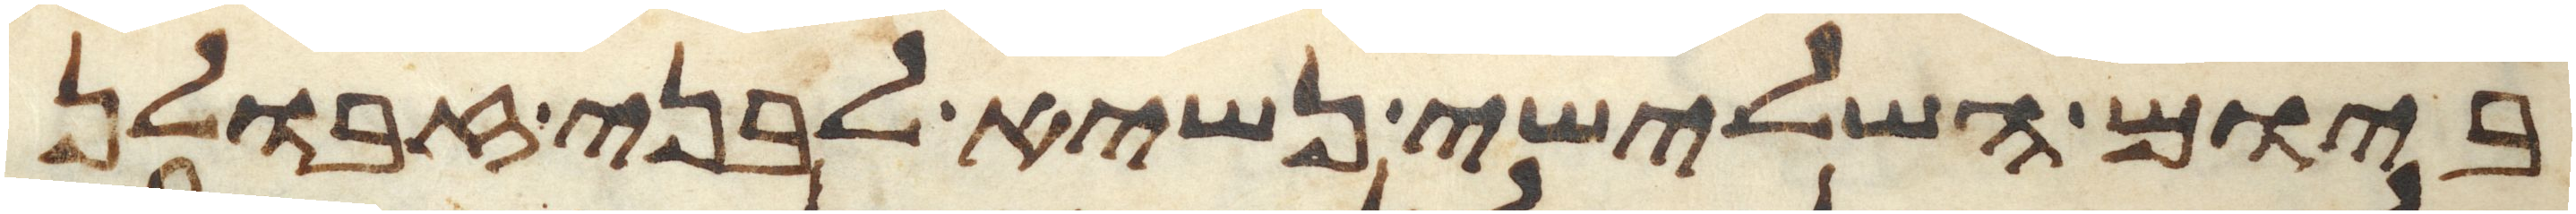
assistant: ביום השלישי נשיא לבני זבולן